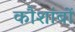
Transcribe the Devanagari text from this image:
कौशांबों